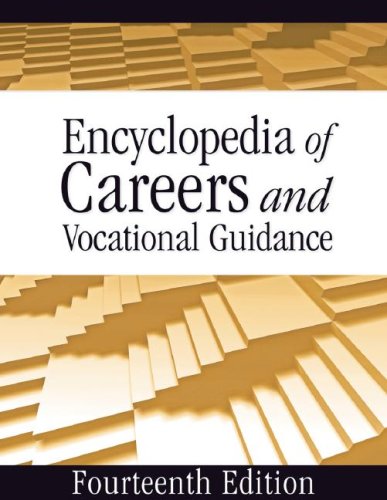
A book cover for Encyclopedia of Careers and Vocational Guidance (5 Volume Set); Business & Money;